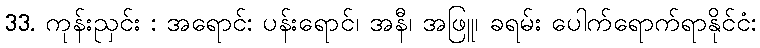
33. ကုန်းညှင်း : အရောင်: ပန်းရောင်၊ အနီ၊ အဖြူ၊ ခရမ်း ပေါက်ရောက်ရာနိုင်ငံ: